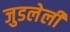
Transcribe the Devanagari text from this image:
जुडलेली